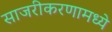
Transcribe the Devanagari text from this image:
साजरीकरणामध्ये